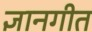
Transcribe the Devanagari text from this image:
ज्ञानगीत